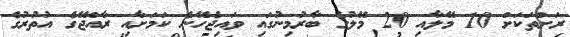
ރަށްތަކަށް 10 މޭލާއި 20 މޭލުގެ ބާރުމިނުގައި ވައިޖެހޭނެ ކަމަށާއި ރާއްޖޭގެ އުތުރުގެ